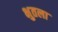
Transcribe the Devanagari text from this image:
भुतला